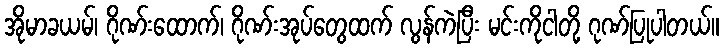
အိုမာခယမ်၊ ဂိုဏ်းထောက်၊ ဂိုဏ်းအုပ်တွေထက် လွန်ကဲပြီး မင်းကိုငါတို့ ဂုဏ်ပြုပါတယ်။